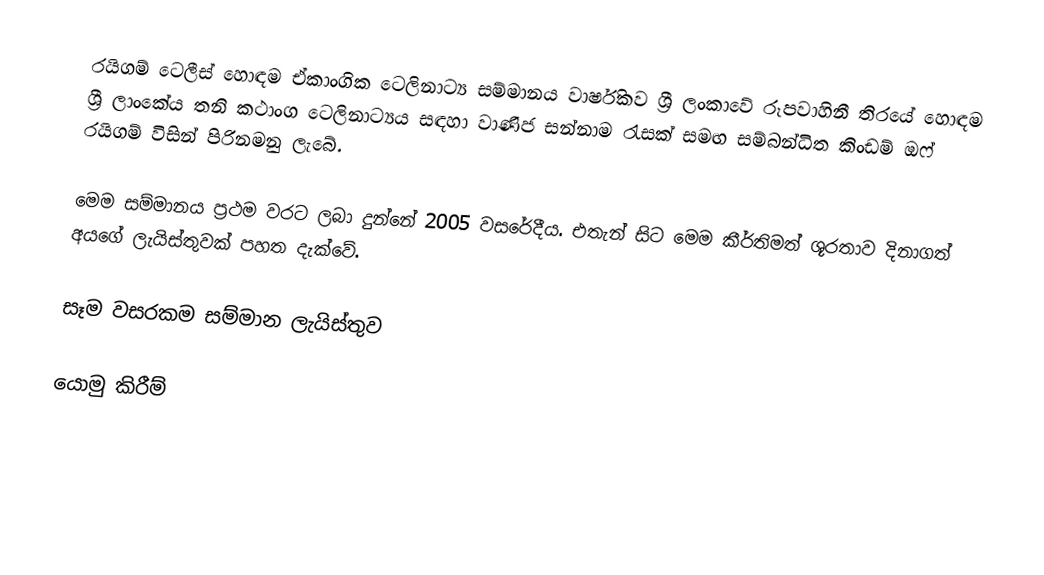
රයිගම් ටෙලීස් හොඳම ඒකාංගික ටෙලිනාට්‍ය සම්මානය වාර්ෂිකව ශ්‍රී ලංකාවේ රූපවාහිනී තිරයේ හොඳම ශ්‍රී ලාංකේය තනි කථාංග ටෙලිනාට්‍යය සඳහා වාණිජ සන්නාම රැසක් සමඟ සම්බන්ධිත කිංඩම් ඔෆ් රයිගම් විසින් පිරිනමනු ලැබේ.

මෙම සම්මානය ප්‍රථම වරට ලබා දුන්නේ 2005 වසරේදීය. එතැන් සිට මෙම කීර්තිමත් ශූරතාව දිනාගත් අයගේ ලැයිස්තුවක් පහත දැක්වේ.

සෑම වසරකම සම්මාන ලැයිස්තුව

යොමු කිරීම්